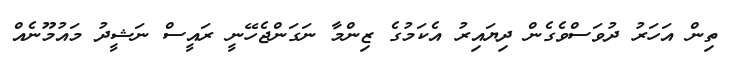
ތިން އަހަރު ދުވަސްވެގެން ދިޔައިރު އެކަމުގެ ޒިންމާ ނަގަންޖެހޭނީ ރައީސް ނަޝީދު މައުމޫނެއް